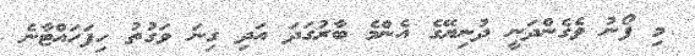
މި ފޯނު ވެގެންދަނީ ދުނިޔޭގެ އެންމެ ބާރުގަދަ އަދި ގިނަ ވަގުތު ހިފަހައްޓާނެ